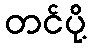
တင်ပို့